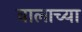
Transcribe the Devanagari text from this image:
वालाच्या